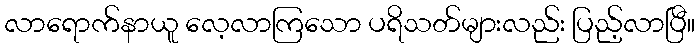
လာရောက်နာယူ လေ့လာကြသော ပရိသတ်များလည်း ပြည့်လာပြီ။